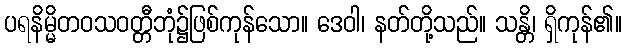
ပရနိမ္မိတဝသဝတ္တီဘုံ၌ဖြစ်ကုန်သော။ ဒေဝါ၊ နတ်တို့သည်။ သန္တိ၊ ရှိကုန်၏။